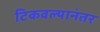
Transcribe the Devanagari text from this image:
टिकवल्यानंतर